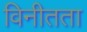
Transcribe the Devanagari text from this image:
विनीतता